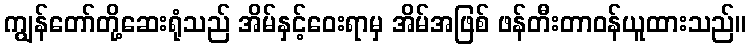
ကျွန်တော်တို့ဆေးရုံသည် အိမ်နှင့်ဝေးရာမှ အိမ်အဖြစ် ဖန်တီးတာဝန်ယူထားသည်။